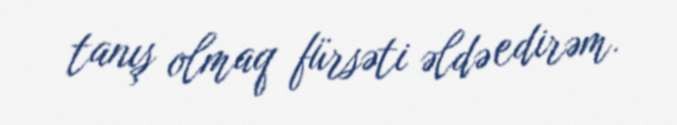
tanış olmaq fürsəti əldə edirəm.